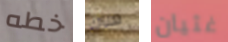
خطه هناك غثيان